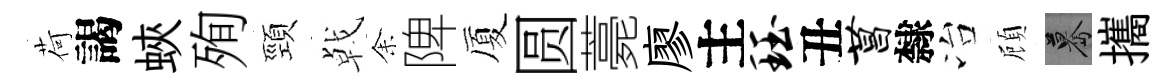
荷謁蛺殉頸㦸𪜬陴厦圆薧廖主珏丑菖隸冶頋驀攜